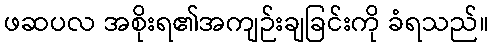
ဖဆပလ အစိုးရ၏အကျဉ်းချခြင်းကို ခံရသည်။